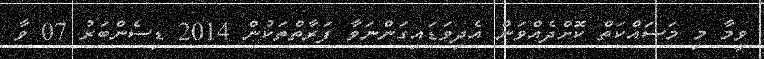
ވީމާ މި މަސައްކަތް ކޮށްދެއްވަން އެދިވަޑައިގަންނަވާ ފަރާތްތަކުން 2014 ޑިސެންބަރު 07 ވާ